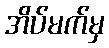
အိပ်မက်မှ